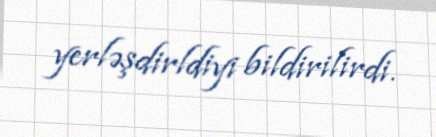
yerləşdirldiyi bildirilirdi.